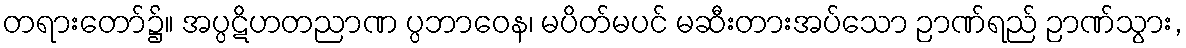
တရားတော်၌။ အပ္ပဋိဟတညာဏ ပ္ပဘာဝေန၊ မပိတ်မပင် မဆီးတားအပ်သော ဉာဏ်ရည် ဉာဏ်သွား,